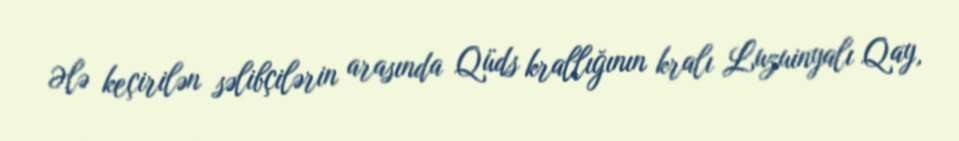
Ələ keçirilən səlibçilərin arasında Qüds krallığının kralı Luzuinyalı Qay,